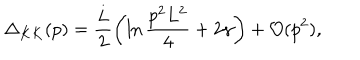
\Delta _ { K K } ( p ) = { \frac { L } { 2 } } \biggl ( \ln { \frac { p ^ { 2 } L ^ { 2 } } { 4 } } + 2 \gamma \biggr ) + { \cal O } ( p ^ { 2 } ) ,